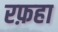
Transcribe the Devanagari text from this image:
रफ़हा